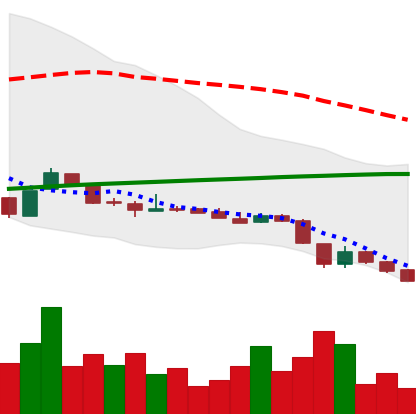
Ticker: DOGE-USD
Chart end date: 2018-11-13
Forward return: -10.255%
Label: down_7plus